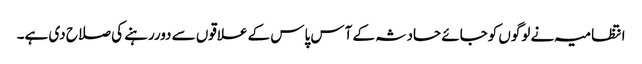
انتظامیہ نے لوگوں کوجائے حادثہ کے آس پاس کے علاقوں سے دوررہنے کی صلاح دی ہے۔